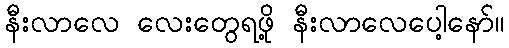
နီးလာလေ လေးတွေရဖို့ နီးလာလေပေါ့နော်။